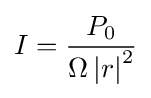
I={\frac {P_{0}}{\Omega \left|r\right|^{2}}}\,\!